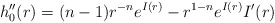
\begin{align*}h_0''(r)=(n-1)r^{-n}e^{I(r)}-r^{1-n}e^{I(r)}I'(r)\end{align*}